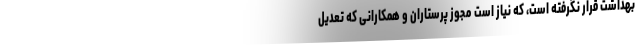
بهداشت قرار نگرفته است، که نیاز است مجوز پرستاران و همکارانی که تعدیل